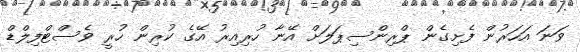
ވަނަ އަހަރުން ފެށިގެން ޕްރިންސިޕަލަށް އޭނާ ހުރިއިރު އޭގެ ކުރިން ހުރީ ވެސްޓްފިލްޑް